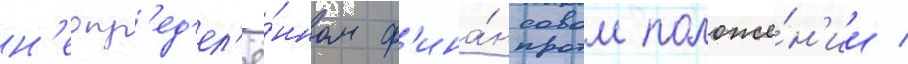
н'еопр'ед'ел'ё́нном ф'ина́нсовом положе́н'ии /